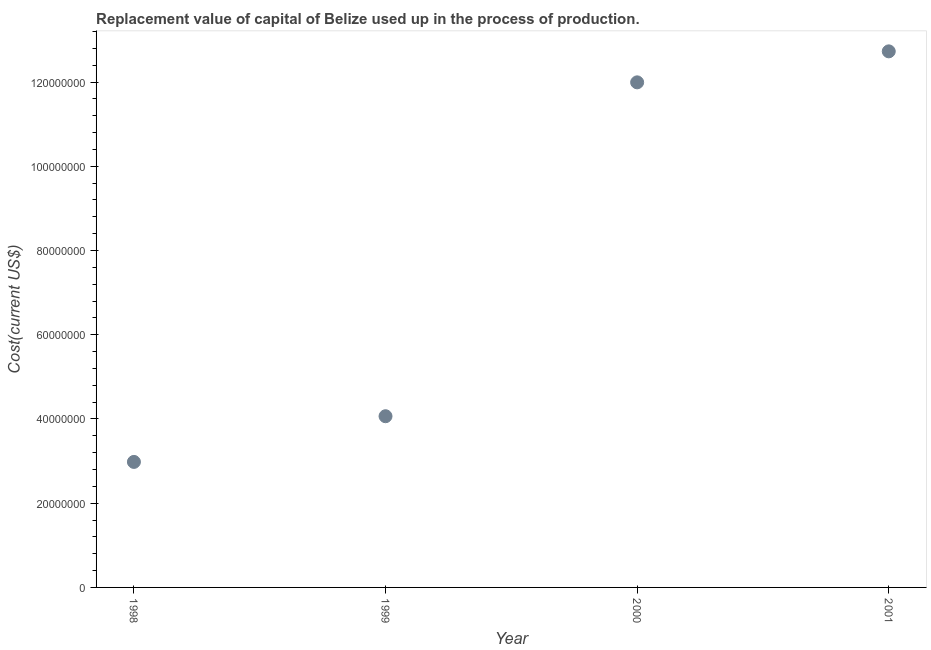
| Year | Consumption of fixed capital |
 | --- | --- |
 | 1998 | 2.98e+07 |
 | 1999 | 4.07e+07 |
 | 2000 | 1.2e+08 |
 | 2001 | 1.27e+08 |